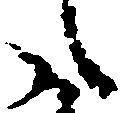
御